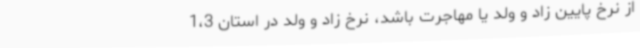
از نرخ پایین زاد و ولد یا مهاجرت باشد، نرخ زاد و ولد در استان 1،3